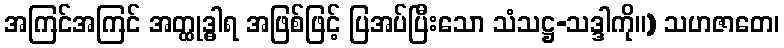
အကြင်အကြင် အတ္ထုဒ္ဓါရ အဖြစ်ဖြင့် ပြအပ်ပြီးသော သံသဋ္ဌ-သဒ္ဒါကို။) သဟဇာတေ၊